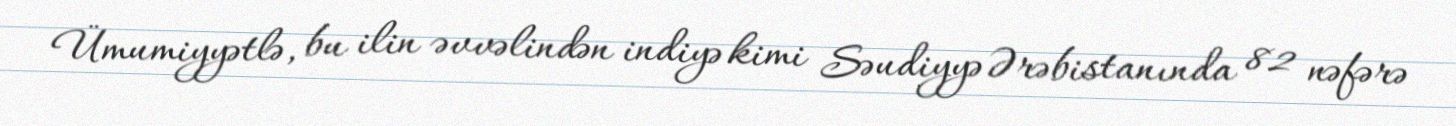
Ümumiyyətlə, bu ilin əvvəlindən indiyə kimi Səudiyyə Ərəbistanında 82 nəfərə